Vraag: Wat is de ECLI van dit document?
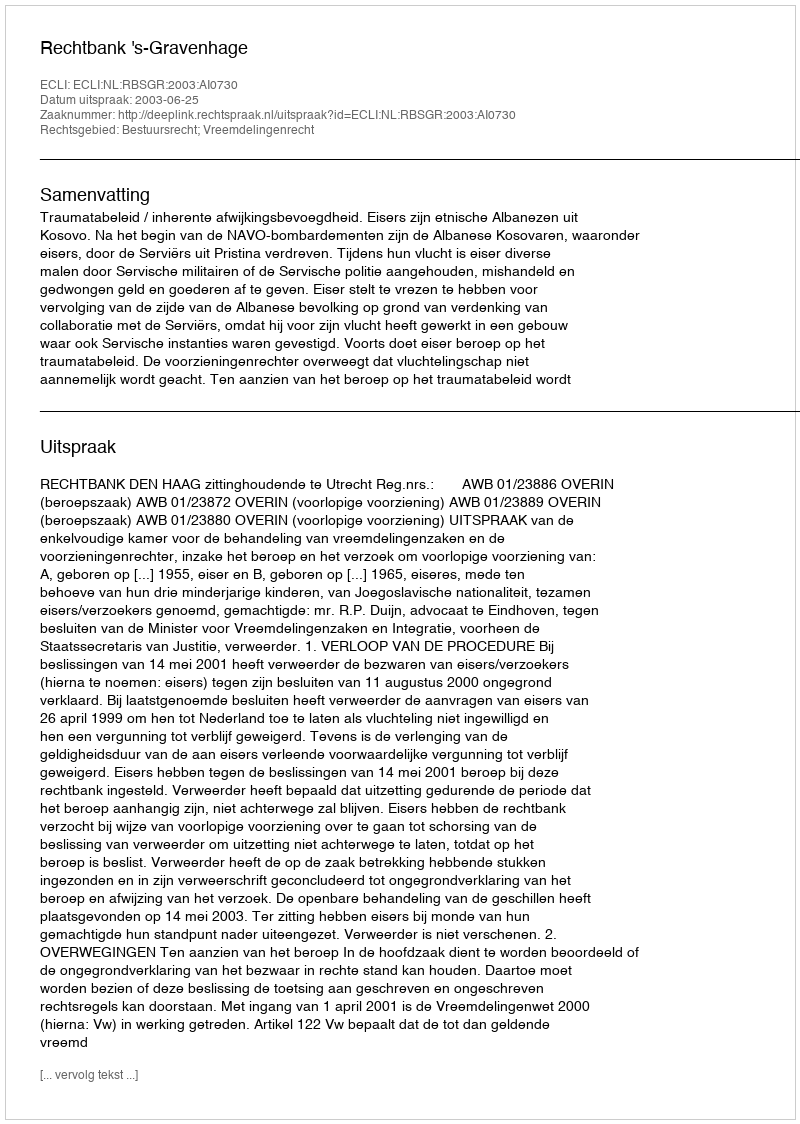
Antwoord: ECLI:NL:RBSGR:2003:AI0730